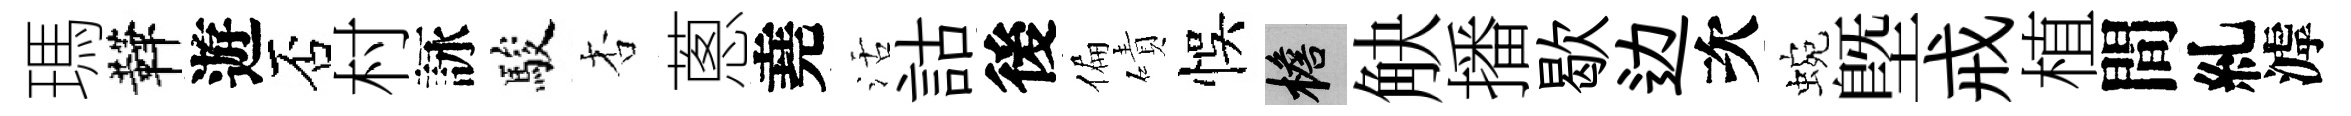
瑪鞾遊否村詠駿杏蔥堯活詁後偏磧悞檐觖播歇边次蜿塈戒植間糺滹